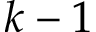
k - 1